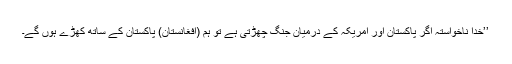
’’خدا ناخواستہ اگر پاکستان اور امریکہ کے درمیان جنگ چھڑتی ہے تو ہم (افغانستان) پاکستان کے ساتھ کھڑے ہوں گے۔